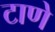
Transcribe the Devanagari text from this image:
टाणे